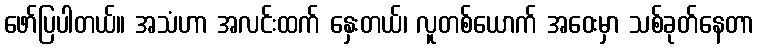
ဖော်ပြပါတယ်။ အသံဟာ အလင်းထက် နှေးတယ်၊ လူတစ်ယောက် အဝေးမှာ သစ်ခုတ်နေတာ